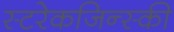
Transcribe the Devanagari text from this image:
स्टरेकजिन्स्की